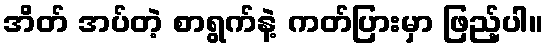
အိတ် အပ်တဲ့ စာရွက်နဲ့ ကတ်ပြားမှာ ဖြည့်ပါ။